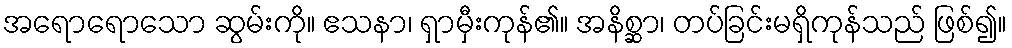
အရောရောသော ဆွမ်းကို။ ဧသနာ၊ ရှာမှီးကုန်၏။ အနိစ္ဆာ၊ တပ်ခြင်းမရှိကုန်သည် ဖြစ်၍။